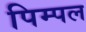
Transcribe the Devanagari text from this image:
पिम्पल